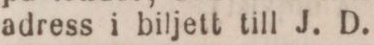
adress i biljett till J. D.